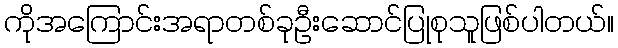
ကိုအကြောင်းအရာတစ်ခုဦးဆောင်ပြုစုသူဖြစ်ပါတယ်။